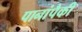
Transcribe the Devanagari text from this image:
पानांपैकी